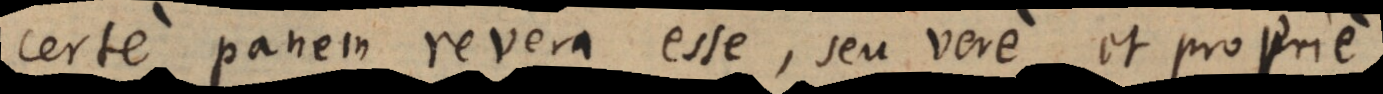
certe panem revera esse, seu vere et propri